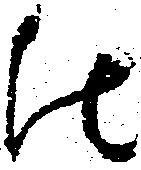
比